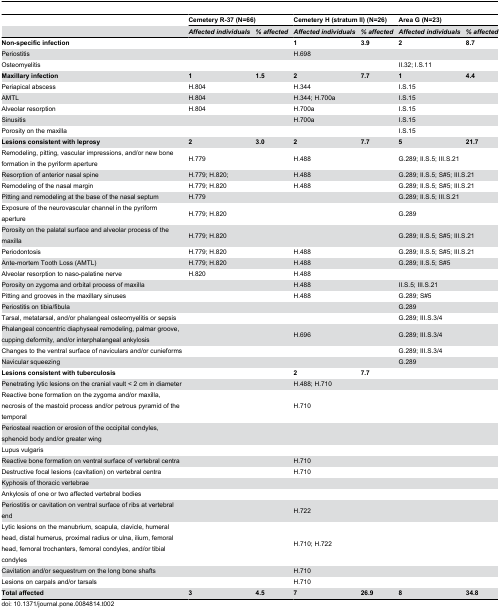
<table><thead><tr><td></td><td colspan="2"><b>Cemetery R-37 (N=66)</b></td><td colspan="2"><b>Cemetery H (stratum II) (N=26)</b></td><td colspan="2"><b>Area G (N=23)</b></td></tr><tr><td></td><td><b><i>Affected individuals</i></b></td><td><b><i>% affected</i></b></td><td><b><i>Affected individuals</i></b></td><td><b><i>% affected</i></b></td><td><b><i>Affected individuals</i></b></td><td><b><i>% affected</i></b></td></tr></thead><tbody><tr><td><b>Non-specific infection</b></td><td></td><td></td><td><b>1</b></td><td><b>3.9</b></td><td><b>2</b></td><td><b>8.7</b></td></tr><tr><td>Periostitis </td><td colspan="2"></td><td colspan="2">H.698</td><td colspan="2"></td></tr><tr><td>Osteomyelitis</td><td colspan="2"></td><td colspan="2"></td><td colspan="2">II.32; I.S.11</td></tr><tr><td><b>Maxillary infection</b></td><td><b>1</b></td><td><b>1.5</b></td><td><b>2</b></td><td><b>7.7</b></td><td><b>1</b></td><td><b>4.4</b></td></tr><tr><td>Periapical abscess</td><td colspan="2">H.804</td><td colspan="2">H.344</td><td colspan="2">I.S.15</td></tr><tr><td>AMTL</td><td colspan="2">H.804</td><td colspan="2">H.344; H.700a</td><td colspan="2">I.S.15</td></tr><tr><td>Alveolar resorption</td><td colspan="2">H.804</td><td colspan="2">H.700a</td><td colspan="2">I.S.15</td></tr><tr><td>Sinusitis</td><td colspan="2"></td><td colspan="2">H.700a</td><td colspan="2">I.S.15</td></tr><tr><td>Porosity on the maxilla</td><td colspan="2"></td><td colspan="2"></td><td colspan="2">I.S.15</td></tr><tr><td><b>Lesions consistent with leprosy</b></td><td><b>2</b></td><td><b>3.0</b></td><td><b>2</b></td><td><b>7.7</b></td><td><b>5</b></td><td><b>21.7</b></td></tr><tr><td>Remodeling, pitting, vascular impressions, and/or new bone formation in the pyriform aperture</td><td colspan="2">H.779</td><td colspan="2">H.488</td><td colspan="2">G.289; II.S.5; III.S.21</td></tr><tr><td>Resorption of anterior nasal spine</td><td colspan="2">H.779; H.820;</td><td colspan="2">H.488</td><td colspan="2">G.289; II.S.5; S#5; III.S.21</td></tr><tr><td>Remodeling of the nasal margin</td><td colspan="2">H.779; H.820</td><td colspan="2">H.488</td><td colspan="2">G.289; II.S.5; S#5; III.S.21</td></tr><tr><td>Pitting and remodeling at the base of the nasal septum</td><td colspan="2">H.779</td><td colspan="2"></td><td colspan="2">G.289; II.S.5; III.S.21</td></tr><tr><td>Exposure of the neurovascular channel in the pyriform aperture</td><td colspan="2">H.779; H.820</td><td colspan="2"></td><td colspan="2">G.289</td></tr><tr><td>Porosity on the palatal surface and alveolar process of the maxilla</td><td colspan="2">H.779; H.820</td><td colspan="2"></td><td colspan="2">G.289; II.S.5; S#5; III.S.21</td></tr><tr><td>Periodontosis</td><td colspan="2">H.779; H.820</td><td colspan="2">H.488</td><td colspan="2">G.289; II.S.5; S#5; III.S.21</td></tr><tr><td>Ante-mortem Tooth Loss (AMTL)</td><td colspan="2">H.779; H.820</td><td colspan="2">H.488</td><td colspan="2">G.289; II.S.5; S#5</td></tr><tr><td>Alveolar resorption to naso-palatine nerve</td><td colspan="2">H.820</td><td colspan="2">H.488</td><td colspan="2"></td></tr><tr><td>Porosity on zygoma and orbital process of maxilla</td><td colspan="2"></td><td colspan="2">H.488</td><td colspan="2">II.S.5; III.S.21</td></tr><tr><td>Pitting and grooves in the maxillary sinuses</td><td colspan="2"></td><td colspan="2">H.488</td><td colspan="2">G.289; S#5</td></tr><tr><td>Periostitis on tibia/fibula</td><td colspan="2"></td><td colspan="2"></td><td colspan="2">G.289</td></tr><tr><td>Tarsal, metatarsal, and/or phalangeal osteomyelitis or sepsis</td><td colspan="2"></td><td colspan="2"></td><td colspan="2">G.289; III.S.3/4</td></tr><tr><td>Phalangeal concentric diaphyseal remodeling, palmar groove, cupping deformity, and/or interphalangeal ankylosis</td><td colspan="2"></td><td colspan="2">H.696</td><td colspan="2">G.289; III.S.3/4</td></tr><tr><td>Changes to the ventral surface of naviculars and/or cunieforms</td><td colspan="2"></td><td colspan="2"></td><td colspan="2">G.289; III.S.3/4</td></tr><tr><td>Navicular squeezing</td><td colspan="2"></td><td colspan="2"></td><td colspan="2">G.289</td></tr><tr><td><b>Lesions consistent with tuberculosis</b></td><td colspan="2"></td><td><b>2</b></td><td><b>7.7</b></td><td colspan="2"></td></tr><tr><td>Penetrating lytic lesions on the cranial vault &lt; 2 cm in diameter</td><td colspan="2"></td><td colspan="2">H.488; H.710</td><td colspan="2"></td></tr><tr><td>Reactive bone formation on the zygoma and/or maxilla, necrosis of the mastoid process and/or petrous pyramid of the temporal</td><td colspan="2"></td><td colspan="2">H.710</td><td colspan="2"></td></tr><tr><td>Periosteal reaction or erosion of the occipital condyles, sphenoid body and/or greater wing</td><td colspan="2"></td><td colspan="2"></td><td colspan="2"></td></tr><tr><td>Lupus vulgaris</td><td colspan="2"></td><td colspan="2"></td><td colspan="2"></td></tr><tr><td>Reactive bone formation on ventral surface of vertebral centra</td><td colspan="2"></td><td colspan="2">H.710</td><td colspan="2"></td></tr><tr><td>Destructive focal lesions (cavitation) on vertebral centra</td><td colspan="2"></td><td colspan="2">H.710</td><td colspan="2"></td></tr><tr><td>Kyphosis of thoracic vertebrae</td><td colspan="2"></td><td colspan="2"></td><td colspan="2"></td></tr><tr><td>Ankylosis of one or two affected vertebral bodies</td><td colspan="2"></td><td colspan="2"></td><td colspan="2"></td></tr><tr><td>Periostitis or cavitation on ventral surface of ribs at vertebral end</td><td colspan="2"></td><td colspan="2">H.722</td><td colspan="2"></td></tr><tr><td>Lytic lesions on the manubrium, scapula, clavicle, humeral head, distal humerus, proximal radius or ulna, ilium, femoral head, femoral trochanters, femoral condyles, and/or tibial condyles</td><td colspan="2"></td><td colspan="2">H.710; H.722</td><td colspan="2"></td></tr><tr><td>Cavitation and/or sequestrum on the long bone shafts</td><td colspan="2"></td><td colspan="2">H.710</td><td colspan="2"></td></tr><tr><td>Lesions on carpals and/or tarsals</td><td colspan="2"></td><td colspan="2">H.710</td><td colspan="2"></td></tr><tr><td><b>Total affected</b></td><td><b>3</b></td><td><b>4.5</b></td><td><b>7</b></td><td><b>26.9</b></td><td><b>8</b></td><td><b>34.8</b></td></tr></tbody></table>